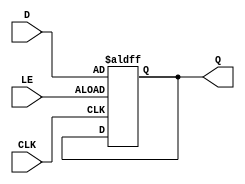
module d_latch (
    input wire D,
    input wire LE,
    input wire CLK,
    output reg Q
);

always @(posedge CLK or posedge LE)
begin
    if (LE)
        Q <= D;
end

endmodule